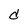
Character: d